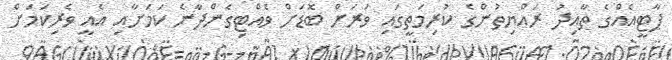
ޕާޓީއެއްގެ ތާއިދު ރައްޔިތުންގެ ކުރިމަތީގައި ވަރަށް ބޮޑަށް ވެއްޓިގެންދާނެ ކަމަށާއި އެއީ ވެރިކަމަށް